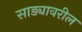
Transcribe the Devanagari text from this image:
साड्यावरील